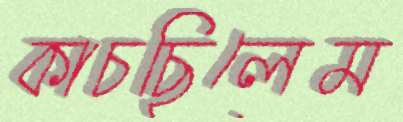
কাচছিলেম